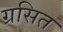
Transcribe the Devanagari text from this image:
ग्रसित